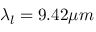
\lambda _ { l } = 9 . 4 2 \mu m